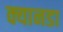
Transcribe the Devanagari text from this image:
क्यानडा